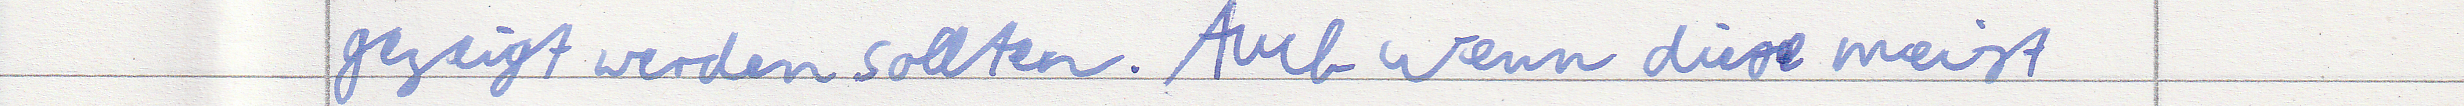
gezeigt werden sollten. Auch wenn diese meist